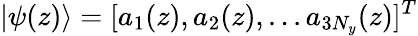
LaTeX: |\psi(z)\rangle=[a_{1}(z),a_{2}(z),...a_{3N_{y}}(z)]^{T}